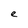
Character: e